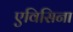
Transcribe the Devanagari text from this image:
एविसिना